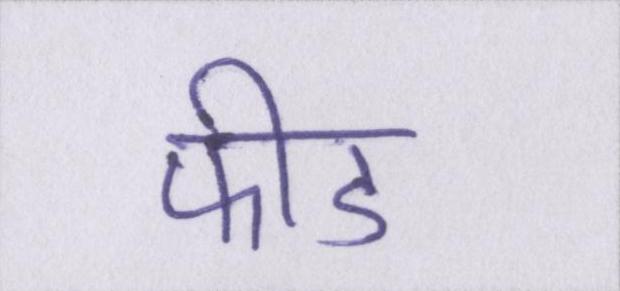
फीड